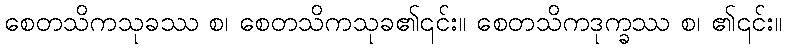
စေတသိကသုခဿ စ၊ စေတသိကသုခ၏၎င်း။ စေတသိကဒုက္ခဿ စ၊ ၏၎င်း။